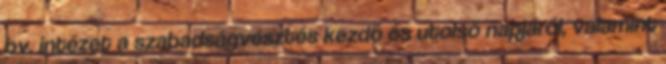
bv. intézet a szabadságvesztés kezdő és utolsó napjáról, valamint